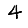
Digit: 4